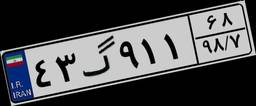
۴۳گ۹۱۱۶۸